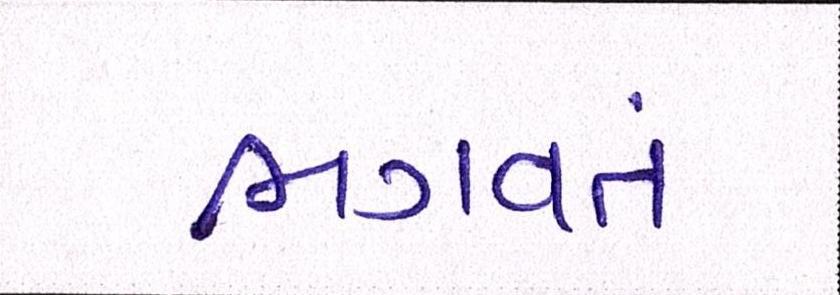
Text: ભગવતં